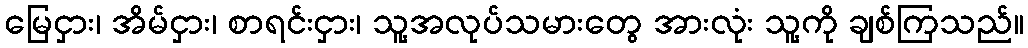
မြေငှား၊ အိမ်ငှား၊ စာရင်းငှား၊ သူ့အလုပ်သမားတွေ အားလုံး သူ့ကို ချစ်ကြသည်။